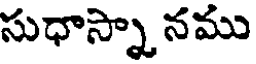
సుధాస్నా నము